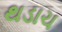
થડાચ